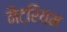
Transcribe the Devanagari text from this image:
नैट्रियम